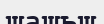
шашьш